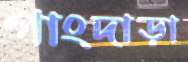
গাংদাড়া